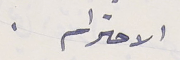
الاحترام .